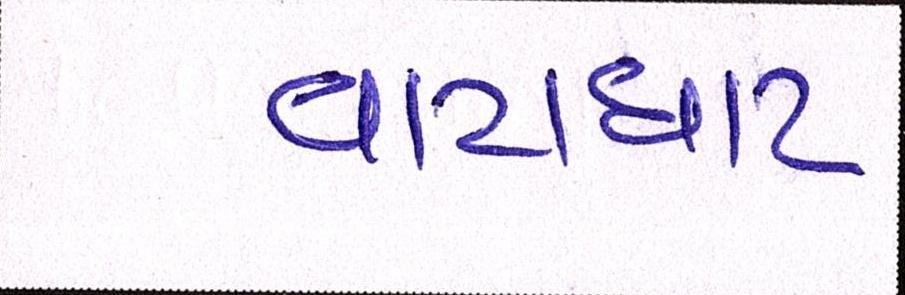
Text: વાટાઘાટ